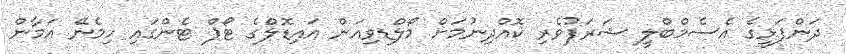
ދަންފަޅީގެ އެސެމްބްލީ ޝަރަފުވެރި ކޮއްދިނުމަށް މޯލްޑިވިއަން އައިޑޮލްގެ ޓޯޕް ޓެންގައި ހިމެނޭ އަމާން